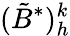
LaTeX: (\tilde{B}^{*})_{h}^{k}